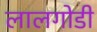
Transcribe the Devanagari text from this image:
लालगोडी